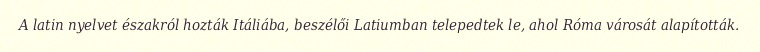
A latin nyelvet északról hozták Itáliába, beszélői Latiumban telepedtek le, ahol Róma városát alapították.